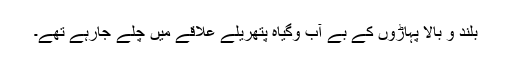
بلُند و بالا پہاڑوں کے بے آب وگیاہ پتھریلے علاقے میں چلے جارہے تھے۔